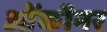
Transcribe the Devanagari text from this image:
ओंकॉनर